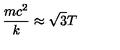
\frac { m c ^ { 2 } } { k } \approx \sqrt { 3 } T